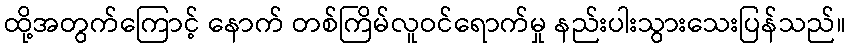
ထို့အတွက်ကြောင့် နောက် တစ်ကြိမ်လူဝင်ရောက်မှု နည်းပါးသွားသေးပြန်သည်။